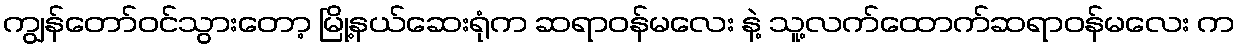
ကျွန်တော်ဝင်သွားတော့ မြို့နယ်ဆေးရုံက ဆရာဝန်မလေး နဲ့ သူ့လက်ထောက်ဆရာဝန်မလေး က